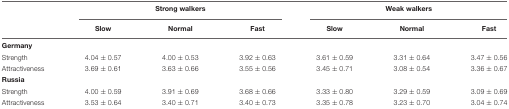
<table><thead><tr><td></td><td colspan="3"><b>Strong walkers</b></td><td colspan="3"><b>Weak walkers</b></td></tr><tr><td></td><td><b>Slow</b></td><td><b>Normal</b></td><td><b>Fast</b></td><td><b>Slow</b></td><td><b>Normal</b></td><td><b>Fast</b></td></tr></thead><tbody><tr><td><b>Germany</b></td><td></td><td></td><td></td><td></td><td></td><td></td></tr><tr><td>Strength</td><td>4.04 ± 0.57</td><td>4.00 ± 0.53</td><td>3.92 ± 0.63</td><td>3.61 ± 0.59</td><td>3.31 ± 0.64</td><td>3.47 ± 0.56</td></tr><tr><td>Attractiveness</td><td>3.69 ± 0.61</td><td>3.63 ± 0.66</td><td>3.55 ± 0.56</td><td>3.45 ± 0.71</td><td>3.08 ± 0.54</td><td>3.36 ± 0.67</td></tr><tr><td><b>Russia</b></td><td></td><td></td><td></td><td></td><td></td><td></td></tr><tr><td>Strength</td><td>4.00 ± 0.59</td><td>3.91 ± 0.69</td><td>3.68 ± 0.66</td><td>3.33 ± 0.80</td><td>3.29 ± 0.59</td><td>3.09 ± 0.69</td></tr><tr><td>Attractiveness</td><td>3.53 ± 0.64</td><td>3.40 ± 0.71</td><td>3.40 ± 0.73</td><td>3.35 ± 0.78</td><td>3.23 ± 0.70</td><td>3.04 ± 0.74</td></tr></tbody></table>